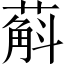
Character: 蔛